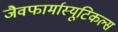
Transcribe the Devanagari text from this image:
जैवफार्मास्यूटिकल्स